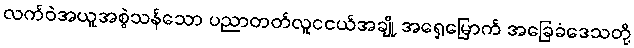
လက်ဝဲအယူအစွဲသန်သော ပညာတတ်လူငငယ်အချို့ အရှေ့မြောက် အခြေခံဒေသတို့